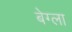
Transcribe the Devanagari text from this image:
बेग्ला